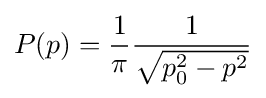
P(p)={\frac {1}{\pi }}{\frac {1}{\sqrt {p_{0}^{2}-p^{2}}}}